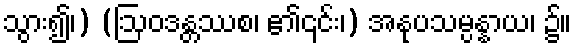
သွား၍၊) (ဩဝဒန္တဿစ၊ ၏၎င်း၊) အနုပသမ္ပန္နာယ၊ ၌။